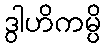
ဒွါဟိကမ္ပိ